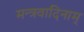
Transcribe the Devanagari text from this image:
मन्त्रवादिनाम्